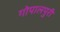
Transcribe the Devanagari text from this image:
गोपालपुरी